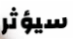
سيؤثر